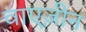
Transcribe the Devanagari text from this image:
वाएज़ीन